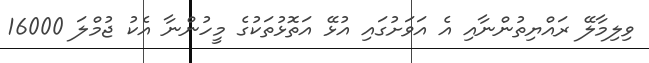
ވިލިމާލޭ ރައްޔިތުންނާއި އެ އަވަށުގައި އުޅޭ އަތޮޅުތަކުގެ މީހުންނާ އެކު ޖުމްލަ 16000